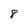
Character: 8